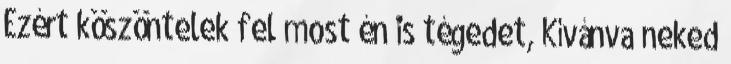
Ezért köszöntelek fel most én is tégedet, Kívánva neked